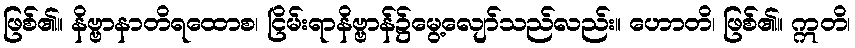
ဖြစ်၏။ နိဗ္ဗာနာတိရထောစ၊ ငြိမ်းရာနိဗ္ဗာန်၌မွေ့လျော်သည်လည်း။ ဟောတိ၊ ဖြစ်၏။ ဣတိ၊